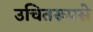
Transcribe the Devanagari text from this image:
उचितरूपसे